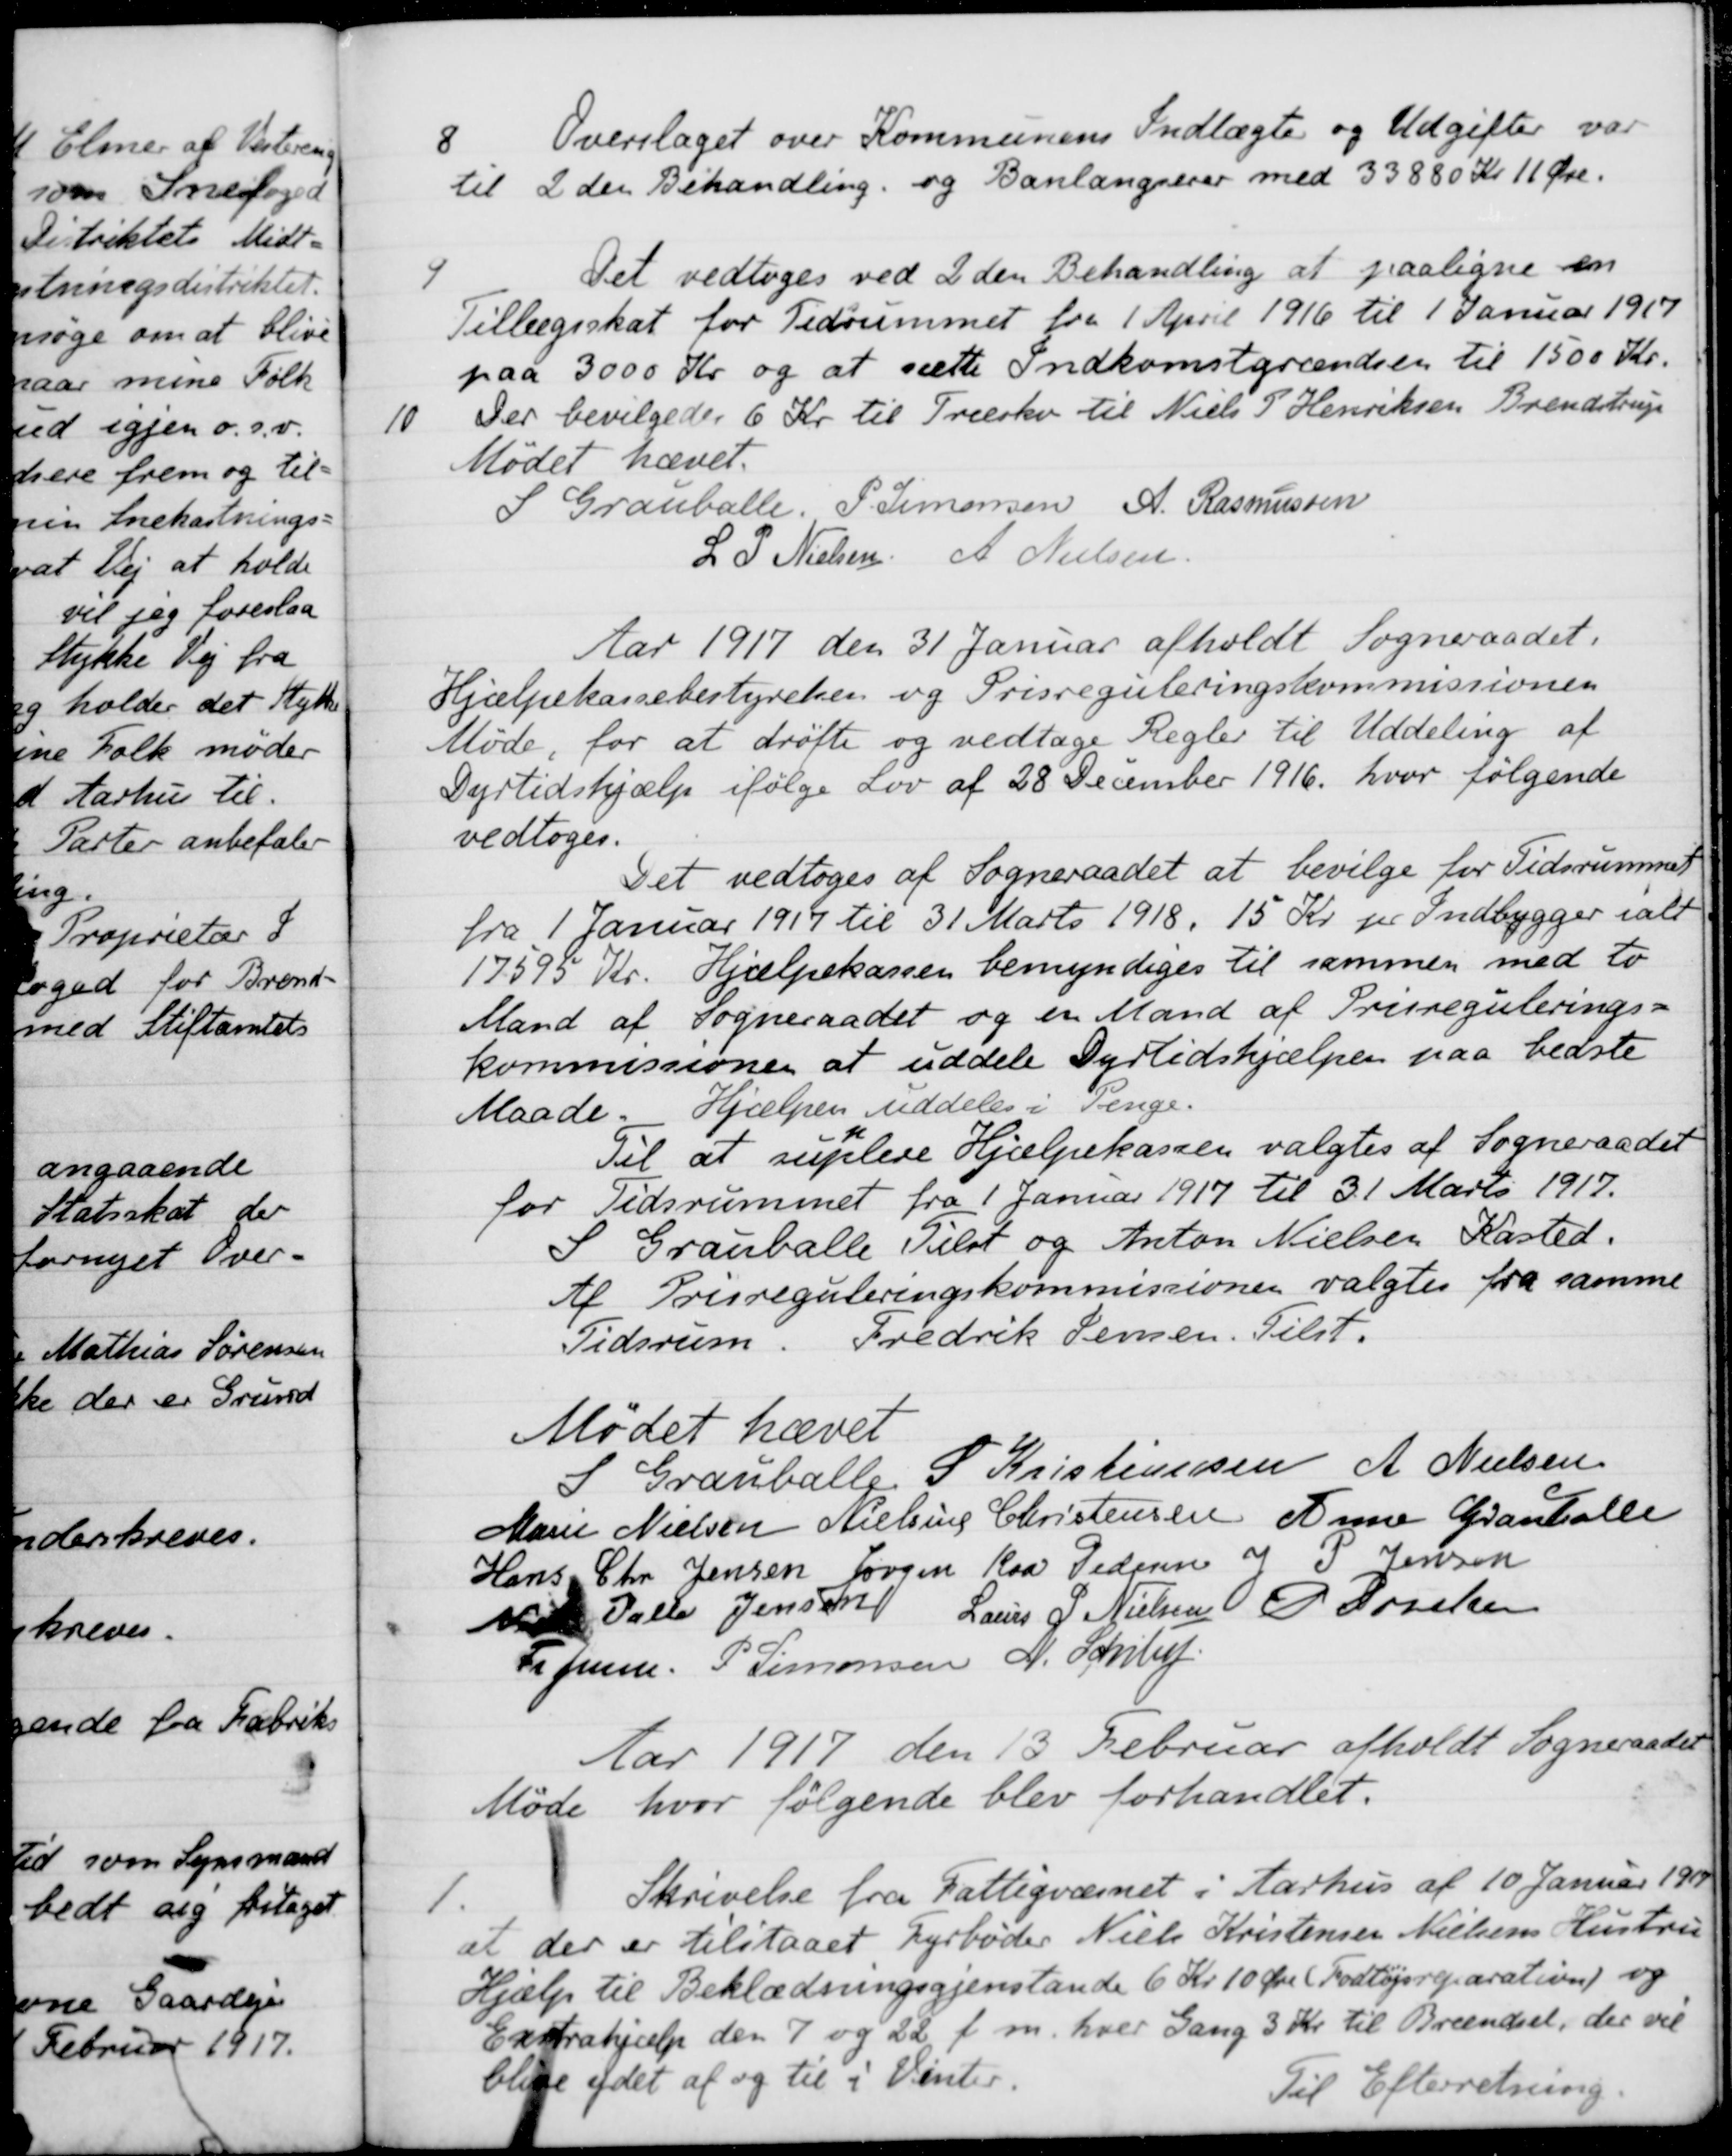
Transskription:
8
Overslaget over Kommunens Indtægte og Udgifter var
til 2den Behandling og Banlangserer med 33880 Kr 11 Øre.
9
Det vedtoges ved 2 den Behandling at paaligne en
Tillægsskat for Tidrummet fra 1 April 1916 til 1 Januar 1917
paa 3000 Kr og at sætte Indkomstgrændsen til 1500 Kr.
10
Der bevilgedes 6 Kr til Træsko til Niels P Henriksen Brendstrup
Mødet hævet.
S Grauballe.
P. Simonsen
A. Rasmussen
L. P. Nielsen
A. Nielsen
Aar 1917 den 31 Januar afholdt Sogneraadet.
Hjælpekassebestyrelsen og Prisreguleringskommissionen
Møde, for at drøfte og vedtage Regler til Uddeling af
Dyrtidshjælp ifølge Lov af 28 December 1916, hvor følgende
vedtoges.
Det vedtoges af Sogneraadet at bevilge for Tidsrummet
fra 1 Januar 1919 til 31 Marts 1918, 15 Kr pr Indbygger ialt
17595 Kr. Hjælpekassen bemyndiges til sammen med to
Mand af Sogneraadet og en Mand af Prisregulerings-
kommissionen at uddele Dyrtidshjælpen paa bedste
Maade. Hjælpen uddeles i Penge.
Til at supplere Hjælpekassen valgtes af Sogneraadet
for Tidsrummet fra 1 Januar 1917 til 31 Marts 1917.
S. Grauballe Tilst og Anton Nielsen Kasted.
Af Prisreguleringskommissionen valgtes fra samme
Tidsrum. Fredrik Jensen. Tilst.
Mødet hævet
S Grauballe
S. Kristiansen
A. Nielsen
Marie Nielsen
Nielsine Christensen
Anne Grauballe
Hans Chr. Jensen
Jørgen Kaa Pedersen
J P. Jensen
 Palle Jensen
Laurs P. Nielsen
P. Poulsen
Fr Jensen
P. Simonsen
N. Schiby

Aar 1917 den 13 Februar afholdt Sogneraadet
Møde hvor følgende blev forhandlet.
1.
Skrivelse fra Fattigvæsnet i Aarhus af 10 Januar 1917
at der er tilstaaet Fyrbøder Niels Kristensen Nielsens Hustru
Hjælp til Beklædningsgjenstande 6 Kr. 10 Øre (Fodtøjsreparation) og
Extrahjælp den 7 og 22 f. m. hver Gang 3 Kr. til Brændsel, der vil
blive ydet af og til i Vinter.
Til Efterretning.